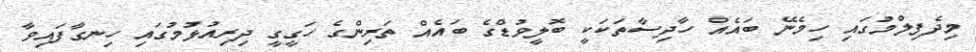
މިދެފިލްމުގައި ހިމެނޭ ބައެއް ހާދިސާތަކަކީ ބޮލީވުޑްގެ ބައެއް ތަރިންގެ ހަގީގީ ދިރިއުޅުމުގައި ހިނގާފައިވާ